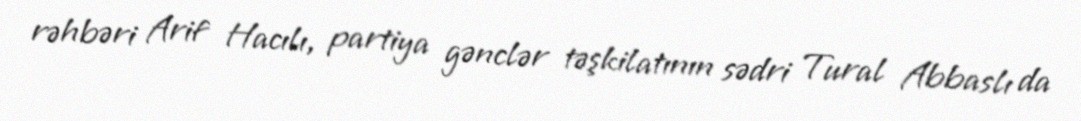
rəhbəri Arif Hacılı, partiya gənclər təşkilatının sədri Tural Abbaslı da